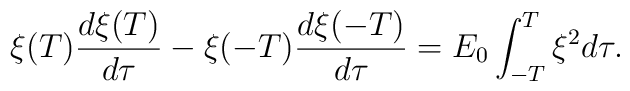
\xi(T)\frac{d\xi(T)}{d\tau} - \xi(-T)\frac{d\xi(-T)}{d\tau} =E_0 \int_{-T}^T \xi^2 d\tau.